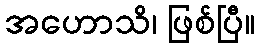
အဟောသိ၊ ဖြစ်ပြီ။